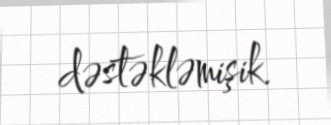
dəstəkləmişik.